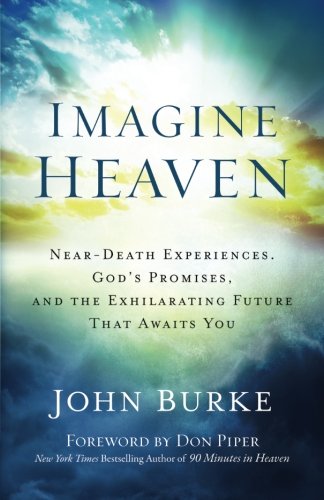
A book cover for Imagine Heaven: Near-Death Experiences, God's Promises, and the Exhilarating Future That Awaits You; John Burke; Christian Books & Bibles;